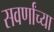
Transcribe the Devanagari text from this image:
सवर्णांच्या